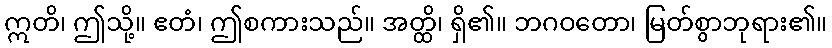
ဣတိ၊ ဤသို့။ ဧတံ၊ ဤစကားသည်။ အတ္ထိ၊ ရှိ၏။ ဘဂဝတော၊ မြတ်စွာဘုရား၏။